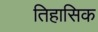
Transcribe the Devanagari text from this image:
तिहासिक